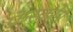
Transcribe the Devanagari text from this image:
फ्रेस्कोस